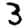
Digit: 3